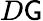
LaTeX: D\mathsf{G}